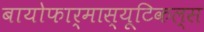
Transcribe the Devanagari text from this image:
बायोफार्मास्यूटिकल्स